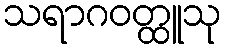
သရာဂဝတ္ထူသု